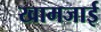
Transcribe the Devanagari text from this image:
खामजाई